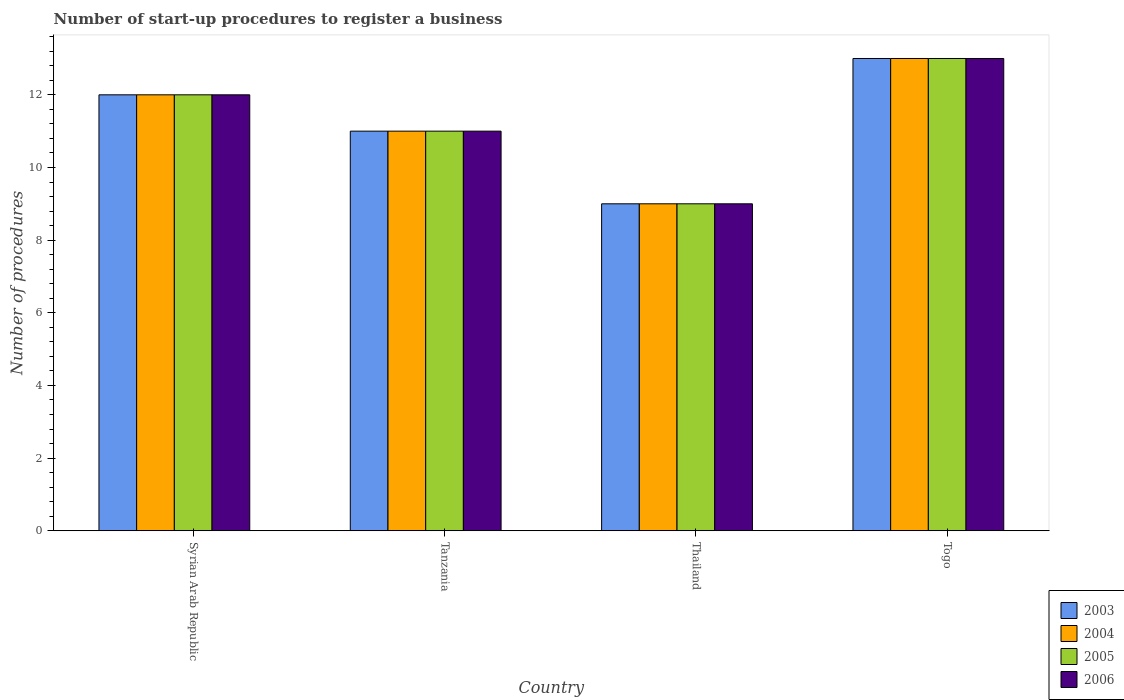
| Country | 2003 | 2004 | 2005 | 2006 |
 | --- | --- | --- | --- | --- |
 | Syrian Arab Republic | 12 | 12 | 12 | 12 |
 | Tanzania | 11 | 11 | 11 | 11 |
 | Thailand | 9 | 9 | 9 | 9 |
 | Togo | 13 | 13 | 13 | 13 |